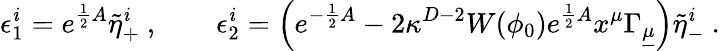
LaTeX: \epsilon_{1}^{\mathit{i}}=e^{{\frac{{1}}{{2}}}A}\tilde{{\eta}}_{+}^{\mathit{i}}\ ,\qquad\epsilon_{2}^{\mathit{i}}=\left(e^{-{\frac{{1}}{{2}}}A}-2\kappa^{D-2}W(\phi_{0})e^{{\frac{{1}}{{2}}}A}x^{\mu}\Gamma_{\underline{{{\mu}}}}\right)\tilde{{\eta}}_{-}^{\mathit{i}}\ .